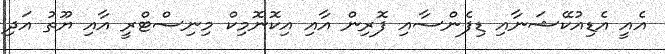
އެއީ އެޑިއުކޭޝަނާއި ޑިފެންސާއި ފޮރިން އާއި އިކޮނޮމިކް މިނިސްޓްރީ އާއި ޔޫތު އަދި